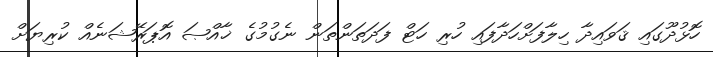
ހޮޅުދޫގައި ޤަވައިދާ ހިލާފަށްހަދާފައި ހުރި ހަޓް ފަދަތަންތަން ނެގުމުގެ ޚާއްޞަ އޮޕަރޭޝަނެއް ކުރިޔަށް